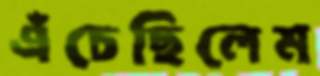
এঁচেছিলেম